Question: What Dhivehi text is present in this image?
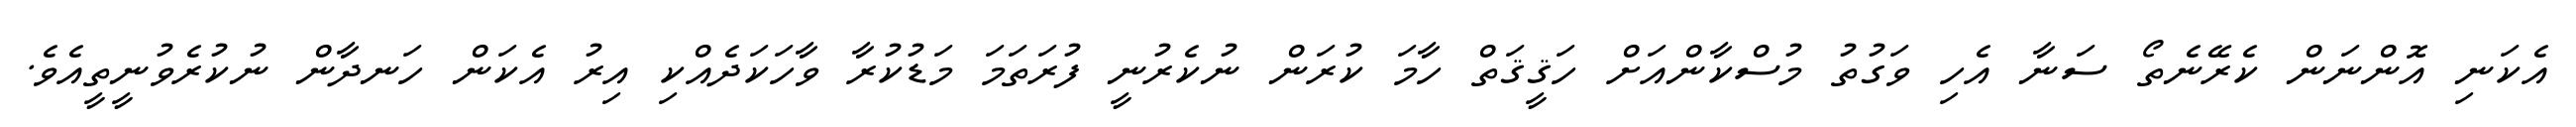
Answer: އެކަނި އޮންނަން ކެރޭނެތޯ ސަނާ އެހި ވަގުތު މުސްކާންއަށް ހަޤީޤަތް ހާމަ ކުރަން ނުކެރުނީ ފުރަތަމަ މަޑުކުރާ ވާހަކަދެއްކި އިރު އެކަން ހަނދާން ނުކުރެވުނީތީއެވެ.